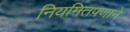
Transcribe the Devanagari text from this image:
नियमितपणाने